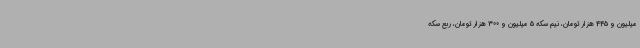
میلیون و 445 هزار تومان، نیم سکه 5 میلیون و 300 هزار تومان، ربع سکه